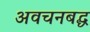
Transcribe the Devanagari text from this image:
अवचनबद्ध